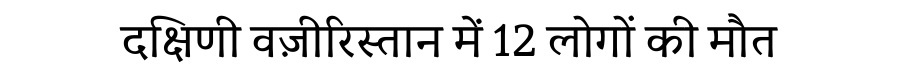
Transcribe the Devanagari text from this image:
दक्षिणी वज़ीरिस्तान में 12 लोगों की मौत